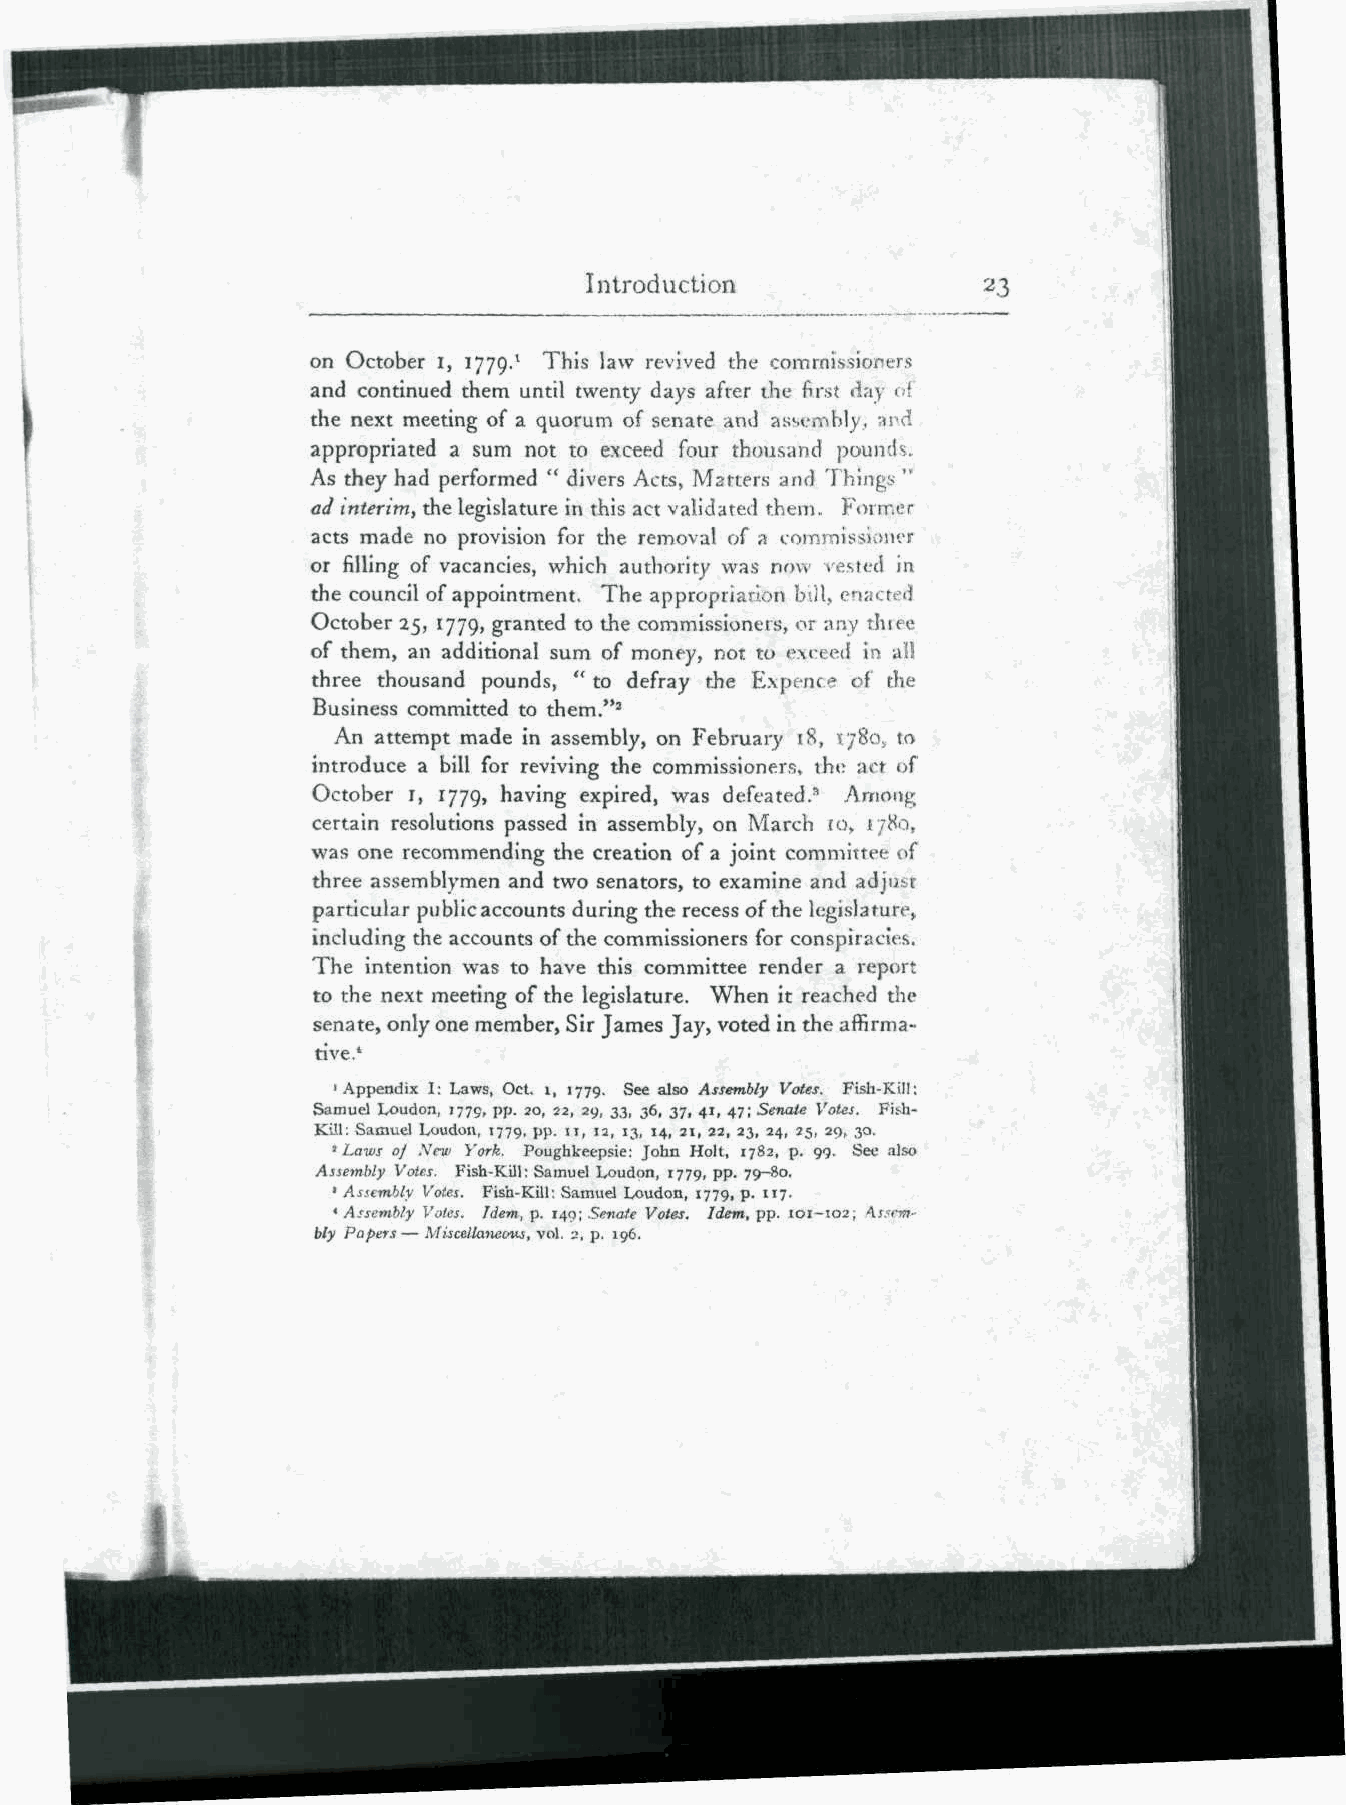
Introduction
 on October I, 1779.' This law revived the commissioners
 and continued them until twenty days after the first <iay of
 the next meeting of a quorum of senate and assembly, ;»rd
 appropriated a sum not to exceed four thousand pounds.
 As they had performed " divers Acts, Matters and Things >k
 ad interim, the legislature in this act validated them. Former
 acts made no provision for the removal of a cornrnissioin'r
 or filling of vacancies, which authority was now rested in
 the council of appointment. The appropriation biil, enacted
 October 25, 1779, granted to the commissioners, or any time
 of them, an additional sum of money, not to exceed in all
 three thousand pounds, " to defray the Expence of the
 Business committed to them."2
 An attempt made in assembly, on February 18, ijSo, to
 introduce a bill for reviving the commissioners, the aot of
 October I, 1779, having expired, was defeated,3 Among
 certain resolutions passed in assembly, on March fo> j/8o,
 was one recommending the creation of a joint committee of
 three assemblymen and two senators, to examine and adjust
 particular public accounts during the recess of the legislature,
 including the accounts of the commissioners for conspiracies.
 The intention was to have this committee render a report
 to the next meeting of the legislature. When it reached the
 senate, only one member, Sir James Jay, voted in the; affirma-
 tive.1
 'Appendix I: Laws, Oct. i, 1779. See also Assembly Voles. Fish-Kill:
 Samuel Louden, 1779, pp. 20, 22, 29, 33, 36, 37, 41, 47; Senate Votes. Fitli-
 Kill: Samuel Loudon, 1779, pp. IT, 12, 13, 14, si, 22, 23, 24, 25, 29, 30,
 1 Laws oj Nan York. Poughkeepsie: John Holt, 1782, p. 99. See also
 Assembly Vote.s. Fish-Kill: Samuel Loudon, 1779, pp. 79—80.
 ' Assembly Votes. Fish-Kill: Samuel Loudon, 1779, p. 117.
 4 Assembly Votes. Idem, p. 149; Senate Votes, Idem, pp. 101-102; \sfem-
 bly Papers— MisceUatieom, vol. 2, p. 196.